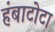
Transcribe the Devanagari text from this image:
हंबाटोटा